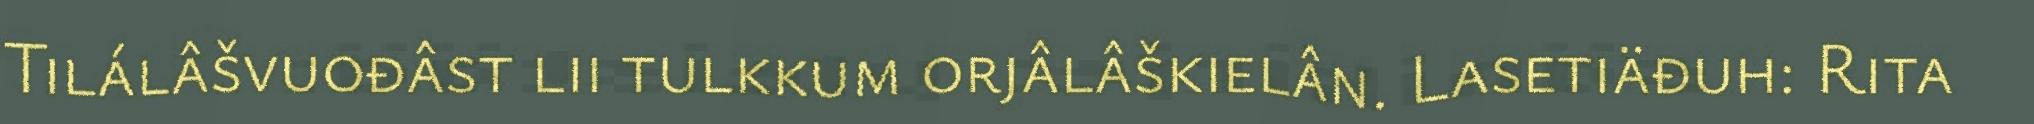
Tilálâšvuođâst lii tulkkum orjâlâškielân. Lasetiäđuh: Rita